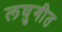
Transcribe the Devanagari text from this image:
लघुगीत